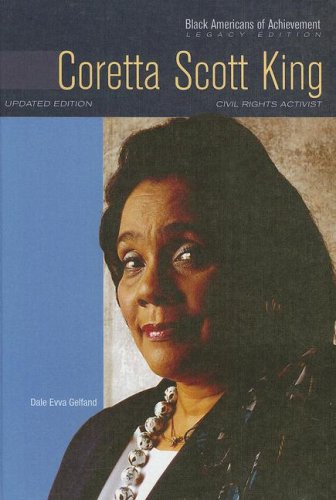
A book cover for Coretta Scott King: Civil Rights Activist: Legacy Edition (Black Americans of Achievement); Dale Evva Gelfand; Teen & Young Adult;